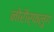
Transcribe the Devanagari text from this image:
नोरौर्फ्लुग